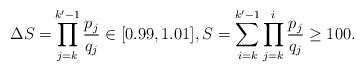
LaTeX: \begin{align*}\Delta S=& \prod_{j=k}^{k'-1}\frac{p_j}{q_j} \in [0.99,1.01],S=\sum_{i=k}^{k'-1}\prod_{j=k}^i \frac{p_j}{q_j}\geq 100.\end{align*}